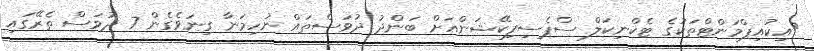
އިކުއިޕްމަންޓްތަކުގެ ޓެކްނިކަލް ސްޕެސިފިކޭޝަންއަށް ބަންދު ދުވަސްތައް ނުހިމަނާ ގިނަވެގެން 7 ދުވަސް ތެރޭގައި